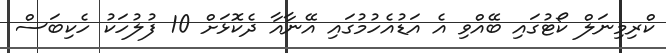
ކްރިމިނަލް ކޯޓުގައި ބޭއްވި އެ އަޑުއެހުމުގައި އޭނާއާ ދެކޮޅަށް 10 ފުލުހަކު ހެކިބަސް